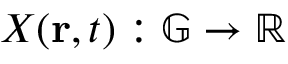
X ( \mathbf { r } , t ) : \mathbb { G } \rightarrow \mathbb { R }